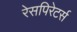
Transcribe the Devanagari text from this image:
रेसपिरेटर्स